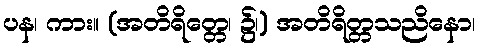
ပန၊ ကား။ (အတိရိတ္တေ၊ ၌၊) အတိရိတ္တသညိနော၊